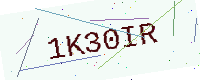
Text: 1K30IR